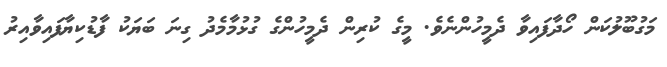
މަގުބޫލުކަން ހޯދާފައިވާ ދެމީހުންނެވެ. މީގެ ކުރިން ދެމީހުންގެ ގުޅުމާމެދު ގިނަ ބަޔަކު ފާޑުކިޔާފައިވާއިރު